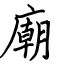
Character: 廟